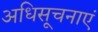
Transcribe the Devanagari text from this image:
अधिसूचनाएं